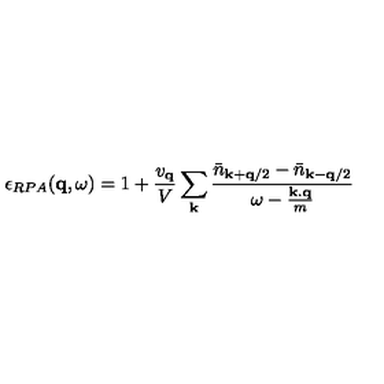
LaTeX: \epsilon _ { R P A } ( { \bf { q } } , \omega ) = 1 + \frac { v _ { { \bf { q } } } } { V } \sum _ { { \bf { k } } } \frac { { \bar { n } } _ { { \bf { k } } + { \bf { q } } / 2 } - { \bar { n } } _ { { \bf { k } } - { \bf { q } } / 2 } } { \omega - \frac { { \bf { k . q } } } { m } }